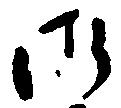
御